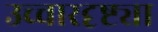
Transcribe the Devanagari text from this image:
उच्चारदृष्ट्या